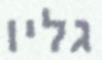
גליו